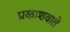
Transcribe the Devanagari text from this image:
प्रकाशवाले